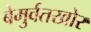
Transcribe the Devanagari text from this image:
बेमुर्वतखोर